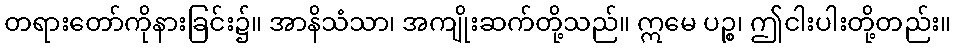
တရားတော်ကိုနားခြင်း၌။ အာနိသံသာ၊ အကျိုးဆက်တို့သည်။ ဣမေ ပဉ္စ၊ ဤငါးပါးတို့တည်း။